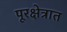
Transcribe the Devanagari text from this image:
पूरक्षेत्रात